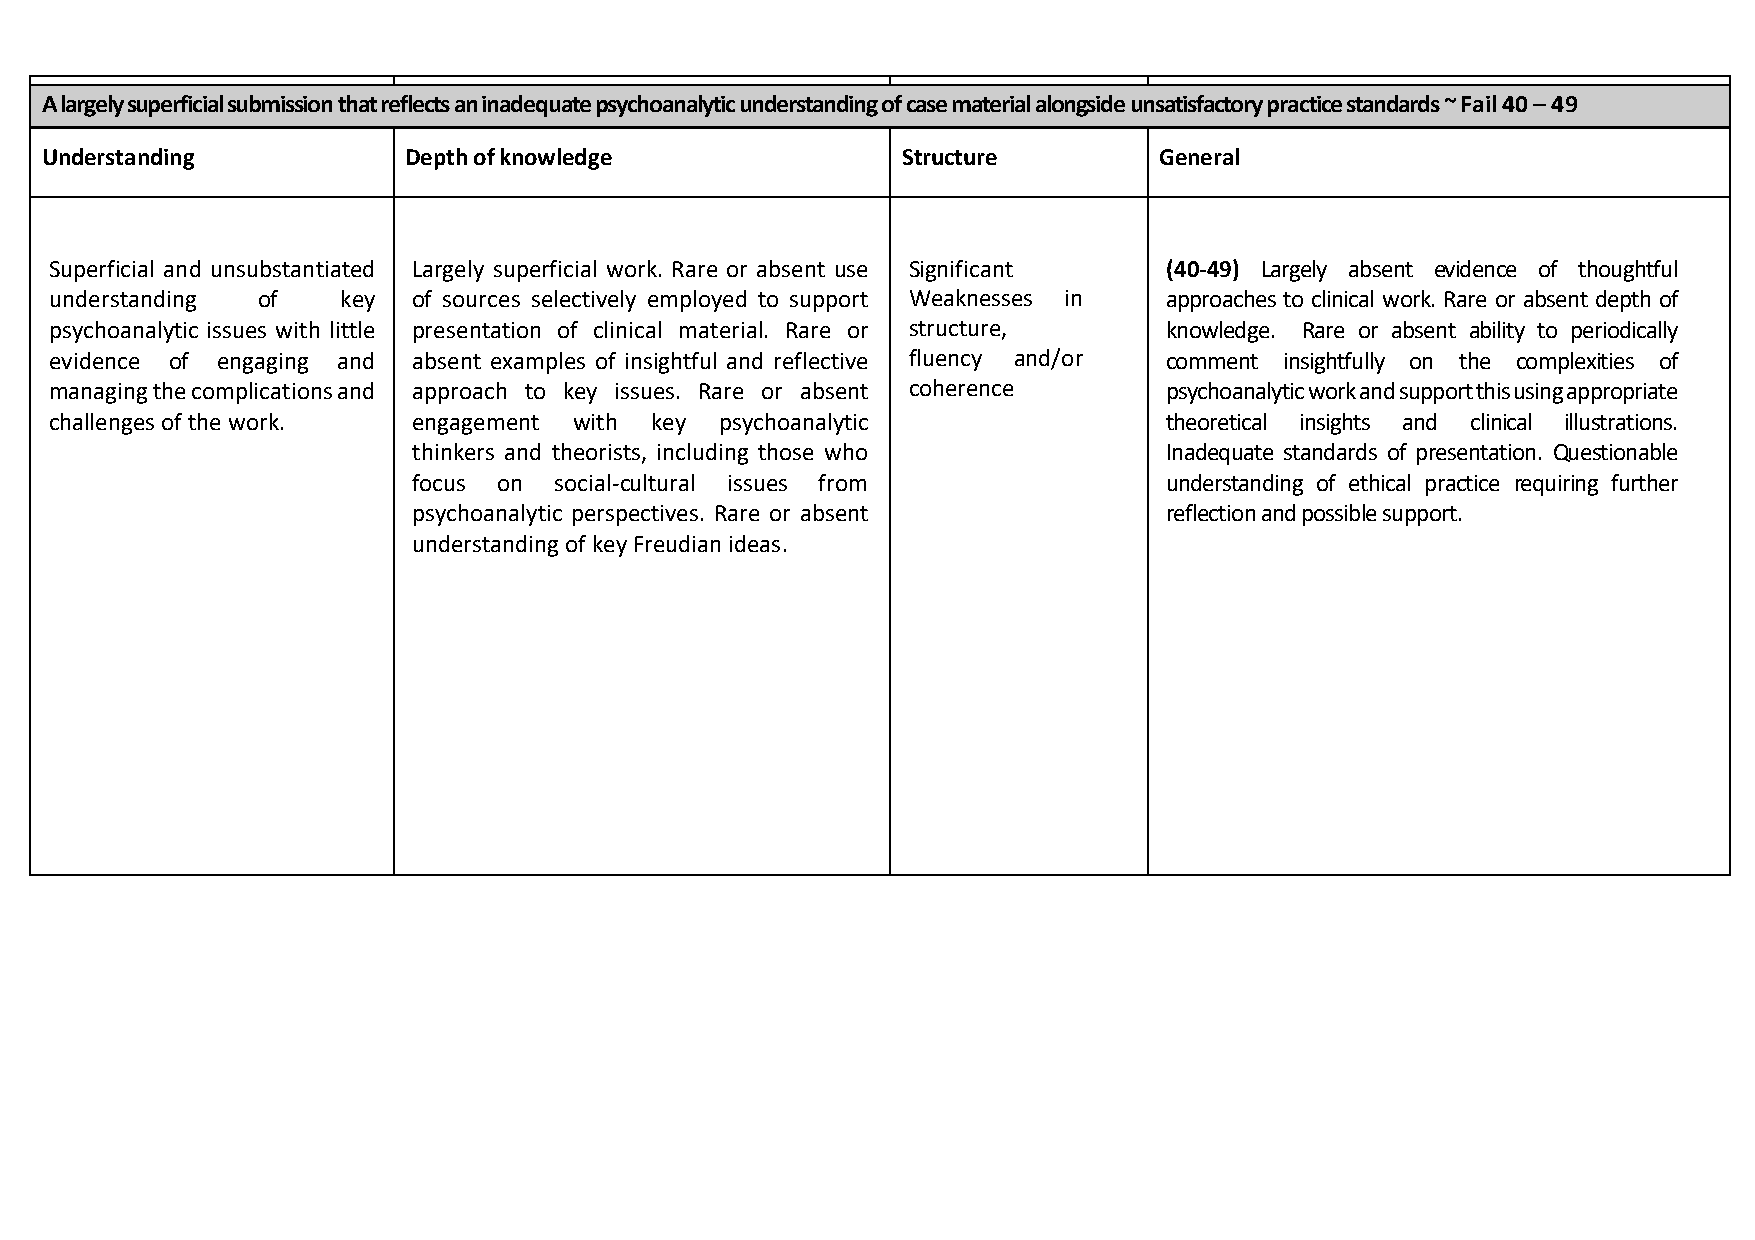
A largely superficial submission that refl ects an inadequate psychoanalytic understanding of c ase material alongside unsa tisfactory practice standards ~ Fail 40 – 49
 Understanding           Depth of knowledge               Structure        General
 Superficial and unsubstantiated Largely superficial work. Rare or absent use Significant (40-49) Largely absent evidence of thoughtful
 understanding of    key of sources selectively employed to support Weaknesses in approaches to clinical work. Rare or absent depth of
 psychoanalytic issues with little presentation of clinical material. Rare or structure, knowledge. Rare or absent ability to periodically
 evidence of engaging and absent examples of insightful and reflective fluency and/or comment insightfully on the complexities of
 managing the complications and approach to key issues. Rare or absent coherence psychoanalytic work and support this using appropriate
 challenges of the work. engagement with key  psychoanalytic               theoretical insights and clinical illustrations.
 thinkers and theorists, including those who       Inadequate standards of presentation. Questionable
 focus on  social-cultural issues from             understanding of ethical practice requiring further
 psychoanalytic perspectives. Rare or absent       reflection and possible support.
 understanding of key Freudian ideas.